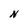
Character: N